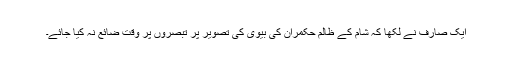
ایک صارف نے لکھا کہ شام کے ظالم حکمران کی بیوی کی تصویر پر تبصروں پر وقت ضائع نہ کیا جائے۔